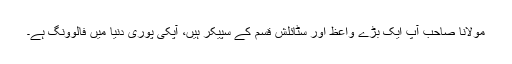
مولانا صاحب آپ ایک بڑے واعظ اور سٹائلش قسم کے سپیکر ہیں، آپکی پوری دنیا میں فالوونگ ہے۔